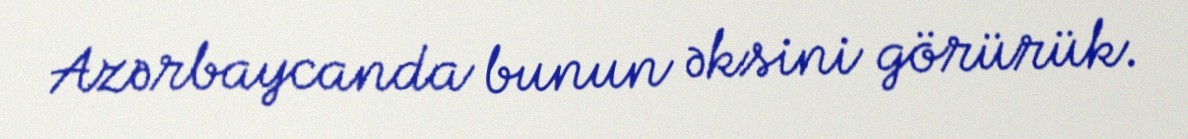
Azərbaycanda bunun əksini görürük.